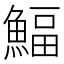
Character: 鰏